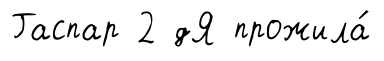
Гаспар 2 дЯ прожила́